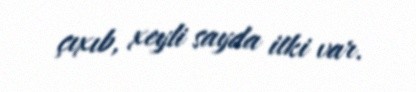
çıxıb, xeyli sayda itki var.